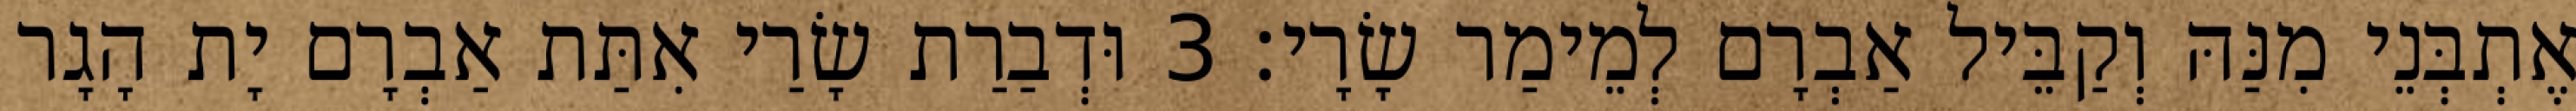
אֶתְבְּנֵי מִנַּהּ וְקַבֵּיל אַבְרָם לְמֵימַר שָׂרָי׃ 3 וּדְבַרַת שָׂרַי אִתַּת אַבְרָם יָת הָגָר